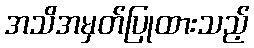
အသိအမှတ်ပြုထားသည့်